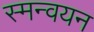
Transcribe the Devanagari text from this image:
स्मन्वयन